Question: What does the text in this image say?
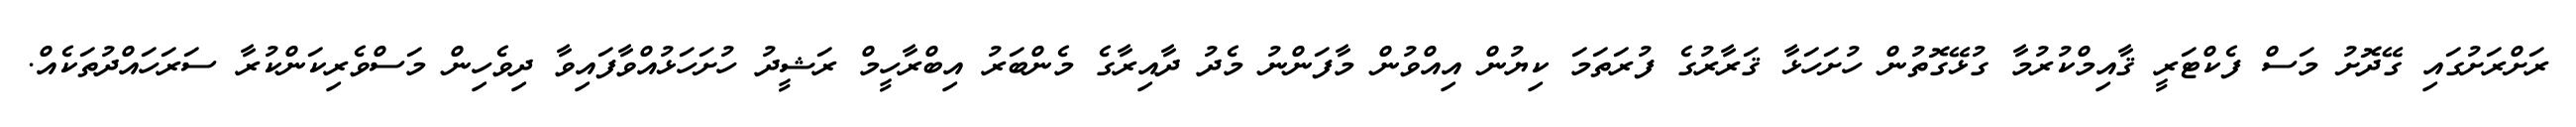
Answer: ރަށްރަށުގައި ގޭދޮށު މަސް ފެކްޓަރީ ޤާއިމްކުރުމާ ގުޅޭގޮތުން ހުށަހަޅާ ޤަރާރުގެ ފުރަތަމަ ކިޔުން އިއްވުން މާފަންނު މެދު ދާއިރާގެ މެންބަރު އިބްރާހީމް ރަޝީދު ހުށަހަޅުއްވާފައިވާ ދިވެހިން މަސްވެރިކަންކުރާ ސަރަހައްދުތަކެއް.